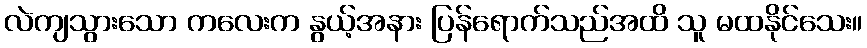
လဲကျသွားသော ကလေးက နွယ့်အနား ပြန်ရောက်သည်အထိ သူ မထနိုင်သေး။